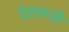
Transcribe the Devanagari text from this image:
देशलजी